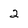
Character: 2